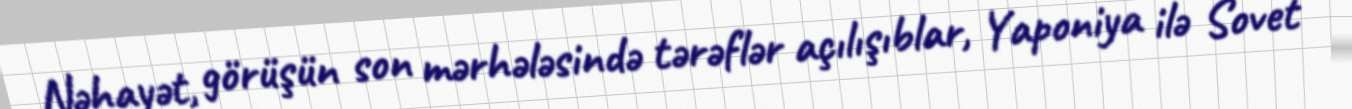
Nəhayət, görüşün son mərhələsində tərəflər açılışıblar, Yaponiya ilə Sovet